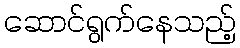
ဆောင်ရွက်နေသည့်